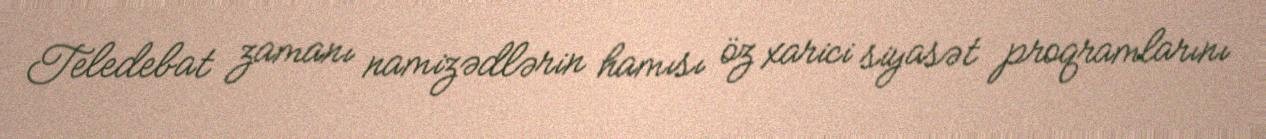
Teledebat zamanı namizədlərin hamısı öz xarici siyasət proqramlarını